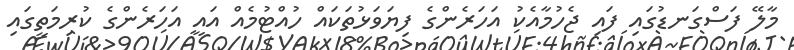
މާލޭ ފަސްގަނޑުގައި ފައި ޖެހުމާއެކު އަހަރެންގެ ފިޔަވަޅުތަކައް ހުއްޓުމެއް އައީ އަހަރެންގެ ކުރިމަތީގައި